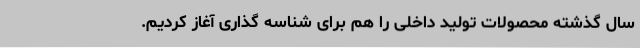
سال گذشته محصولات تولید داخلی را هم برای شناسه ‌گذاری آغاز کردیم.